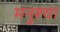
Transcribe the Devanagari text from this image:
मनुश्या